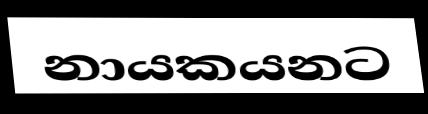
නායකයනට